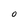
Character: O